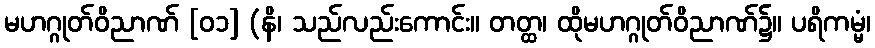
မဟဂ္ဂုတ်ဝိညာဏ် [၀၁] (နိ၊ သည်လည်းကောင်း။ တတ္ထ၊ ထိုမဟဂ္ဂုတ်ဝိညာဏ်၌။ ပရိကမ္မံ၊